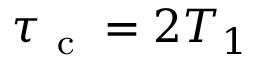
\tau _ { \mathrm { ~ c ~ } } = 2 T _ { 1 }